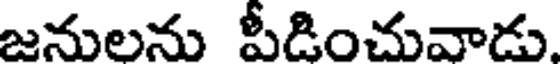
జనులను పీడించువాడు.